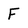
Character: F